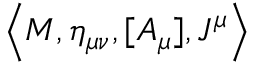
\left< M , \eta _ { \mu \nu } , [ A _ { \mu } ] , J ^ { \mu } \right>